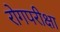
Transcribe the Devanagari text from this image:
रोगपरीक्षा